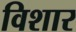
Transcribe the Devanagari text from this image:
विशार